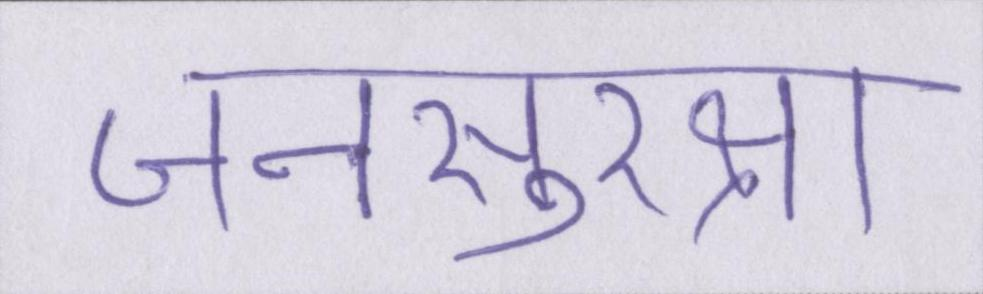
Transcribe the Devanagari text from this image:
जनसुरक्षा